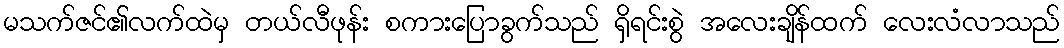
မသက်ဇင်၏လက်ထဲမှ တယ်လီဖုန်း စကားပြောခွက်သည် ရှိရင်းစွဲ အလေးချိန်ထက် လေးလံလာသည်